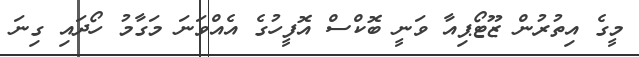
މީގެ އިތުރުން ޒޫޓޯޕިއާ ވަނީ ބޮކްސް އޮފީހުގެ އެއްވަނަ މަގާމު ހޯދައި ގިނަ